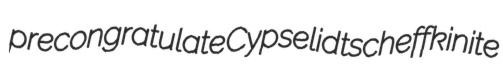
precongratulate Cypselid tscheffkinite